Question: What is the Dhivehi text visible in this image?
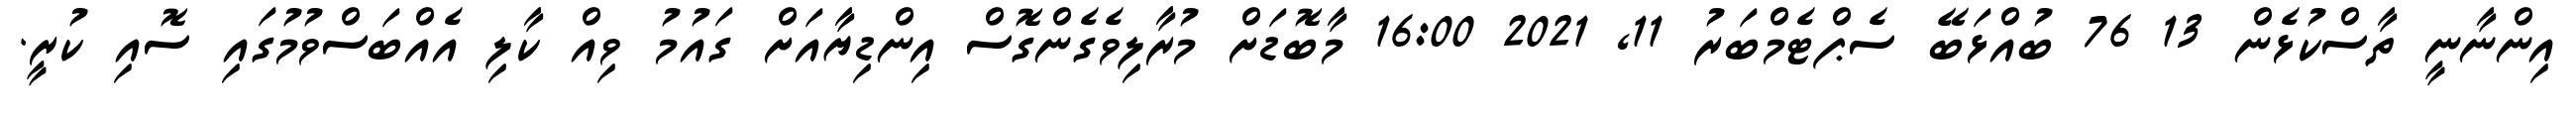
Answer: އިންނާނީ ތާސްކުޅެން 13 76 ބުއްޅަބޭ ސެޕްޓެމްބަރު 11, 2021 16:00 މާބޮޑަށް މުރާލިވެގެންގޮސް އިންޑިޔާއަށް ގައުމު ވިއް ކާލި އެއްބަސްވުމުގައި ސޮއި ކުރީ.